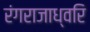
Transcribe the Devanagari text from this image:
रंगराजाध्वरि